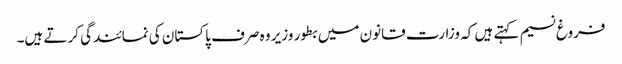
فروغ نسیم کہتے ہیں کہ وزارت قانون میں بطور وزیر وہ صرف پاکستان کی نمائندگی کرتے ہیں۔